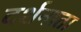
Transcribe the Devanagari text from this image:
दर्शनाता